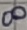
Text: 8